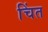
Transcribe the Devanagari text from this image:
चिंत